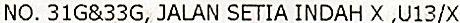
NO. 31G&33G, JALAN SETIA INDAH X ,U13/X